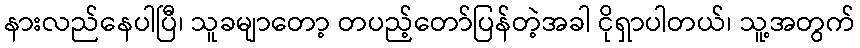
နားလည်နေပါပြီ၊ သူခမျာတော့ တပည့်တော်ပြန်တဲ့အခါ ငိုရှာပါတယ်၊ သူ့အတွက်